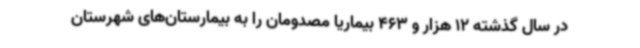
در سال گذشته 12 هزار و 463 بیماریا مصدومان را به بیمارستان‌های شهرستان